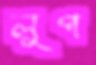
লুপ